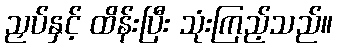
ညှပ်နှင့် ထိန်းပြီး သုံးကြည့်သည်။